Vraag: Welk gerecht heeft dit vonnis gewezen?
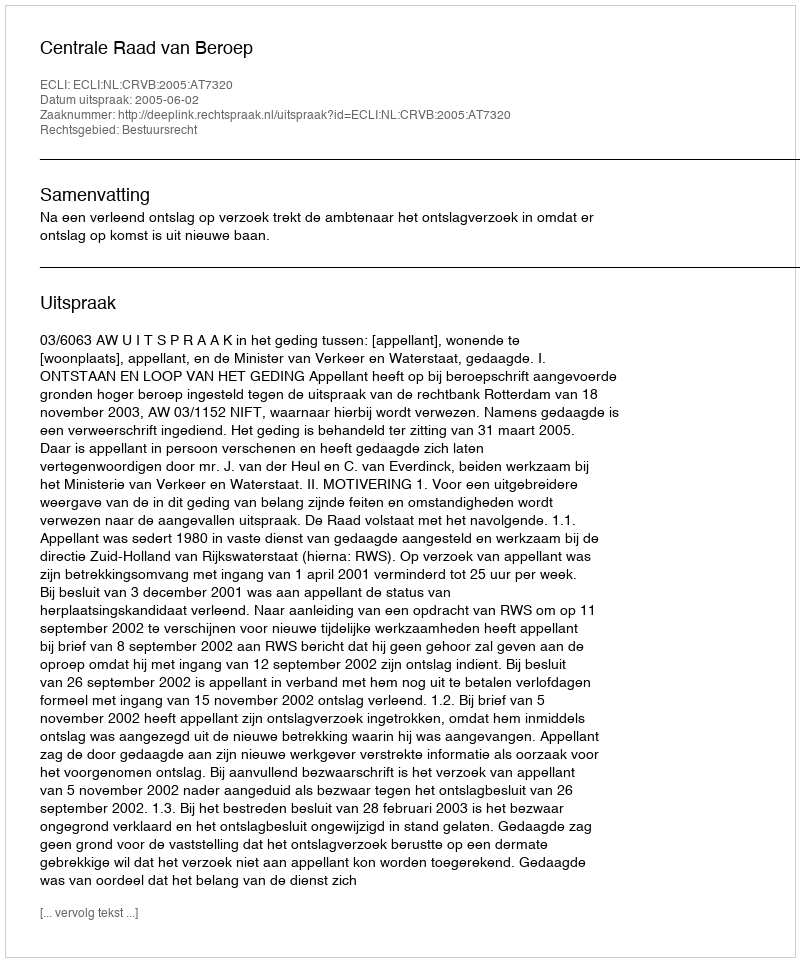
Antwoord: Centrale Raad van Beroep